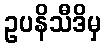
ဥပနိသီဒိမှ